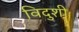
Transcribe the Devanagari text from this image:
विदुशी